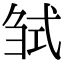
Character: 𢎍